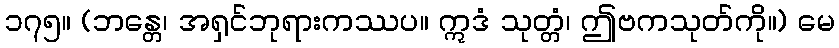
၁၇၅။ (ဘန္တေ၊ အရှင်ဘုရားကဿပ။ ဣဒံ သုတ္တံ၊ ဤဗကသုတ်ကို။) မေ